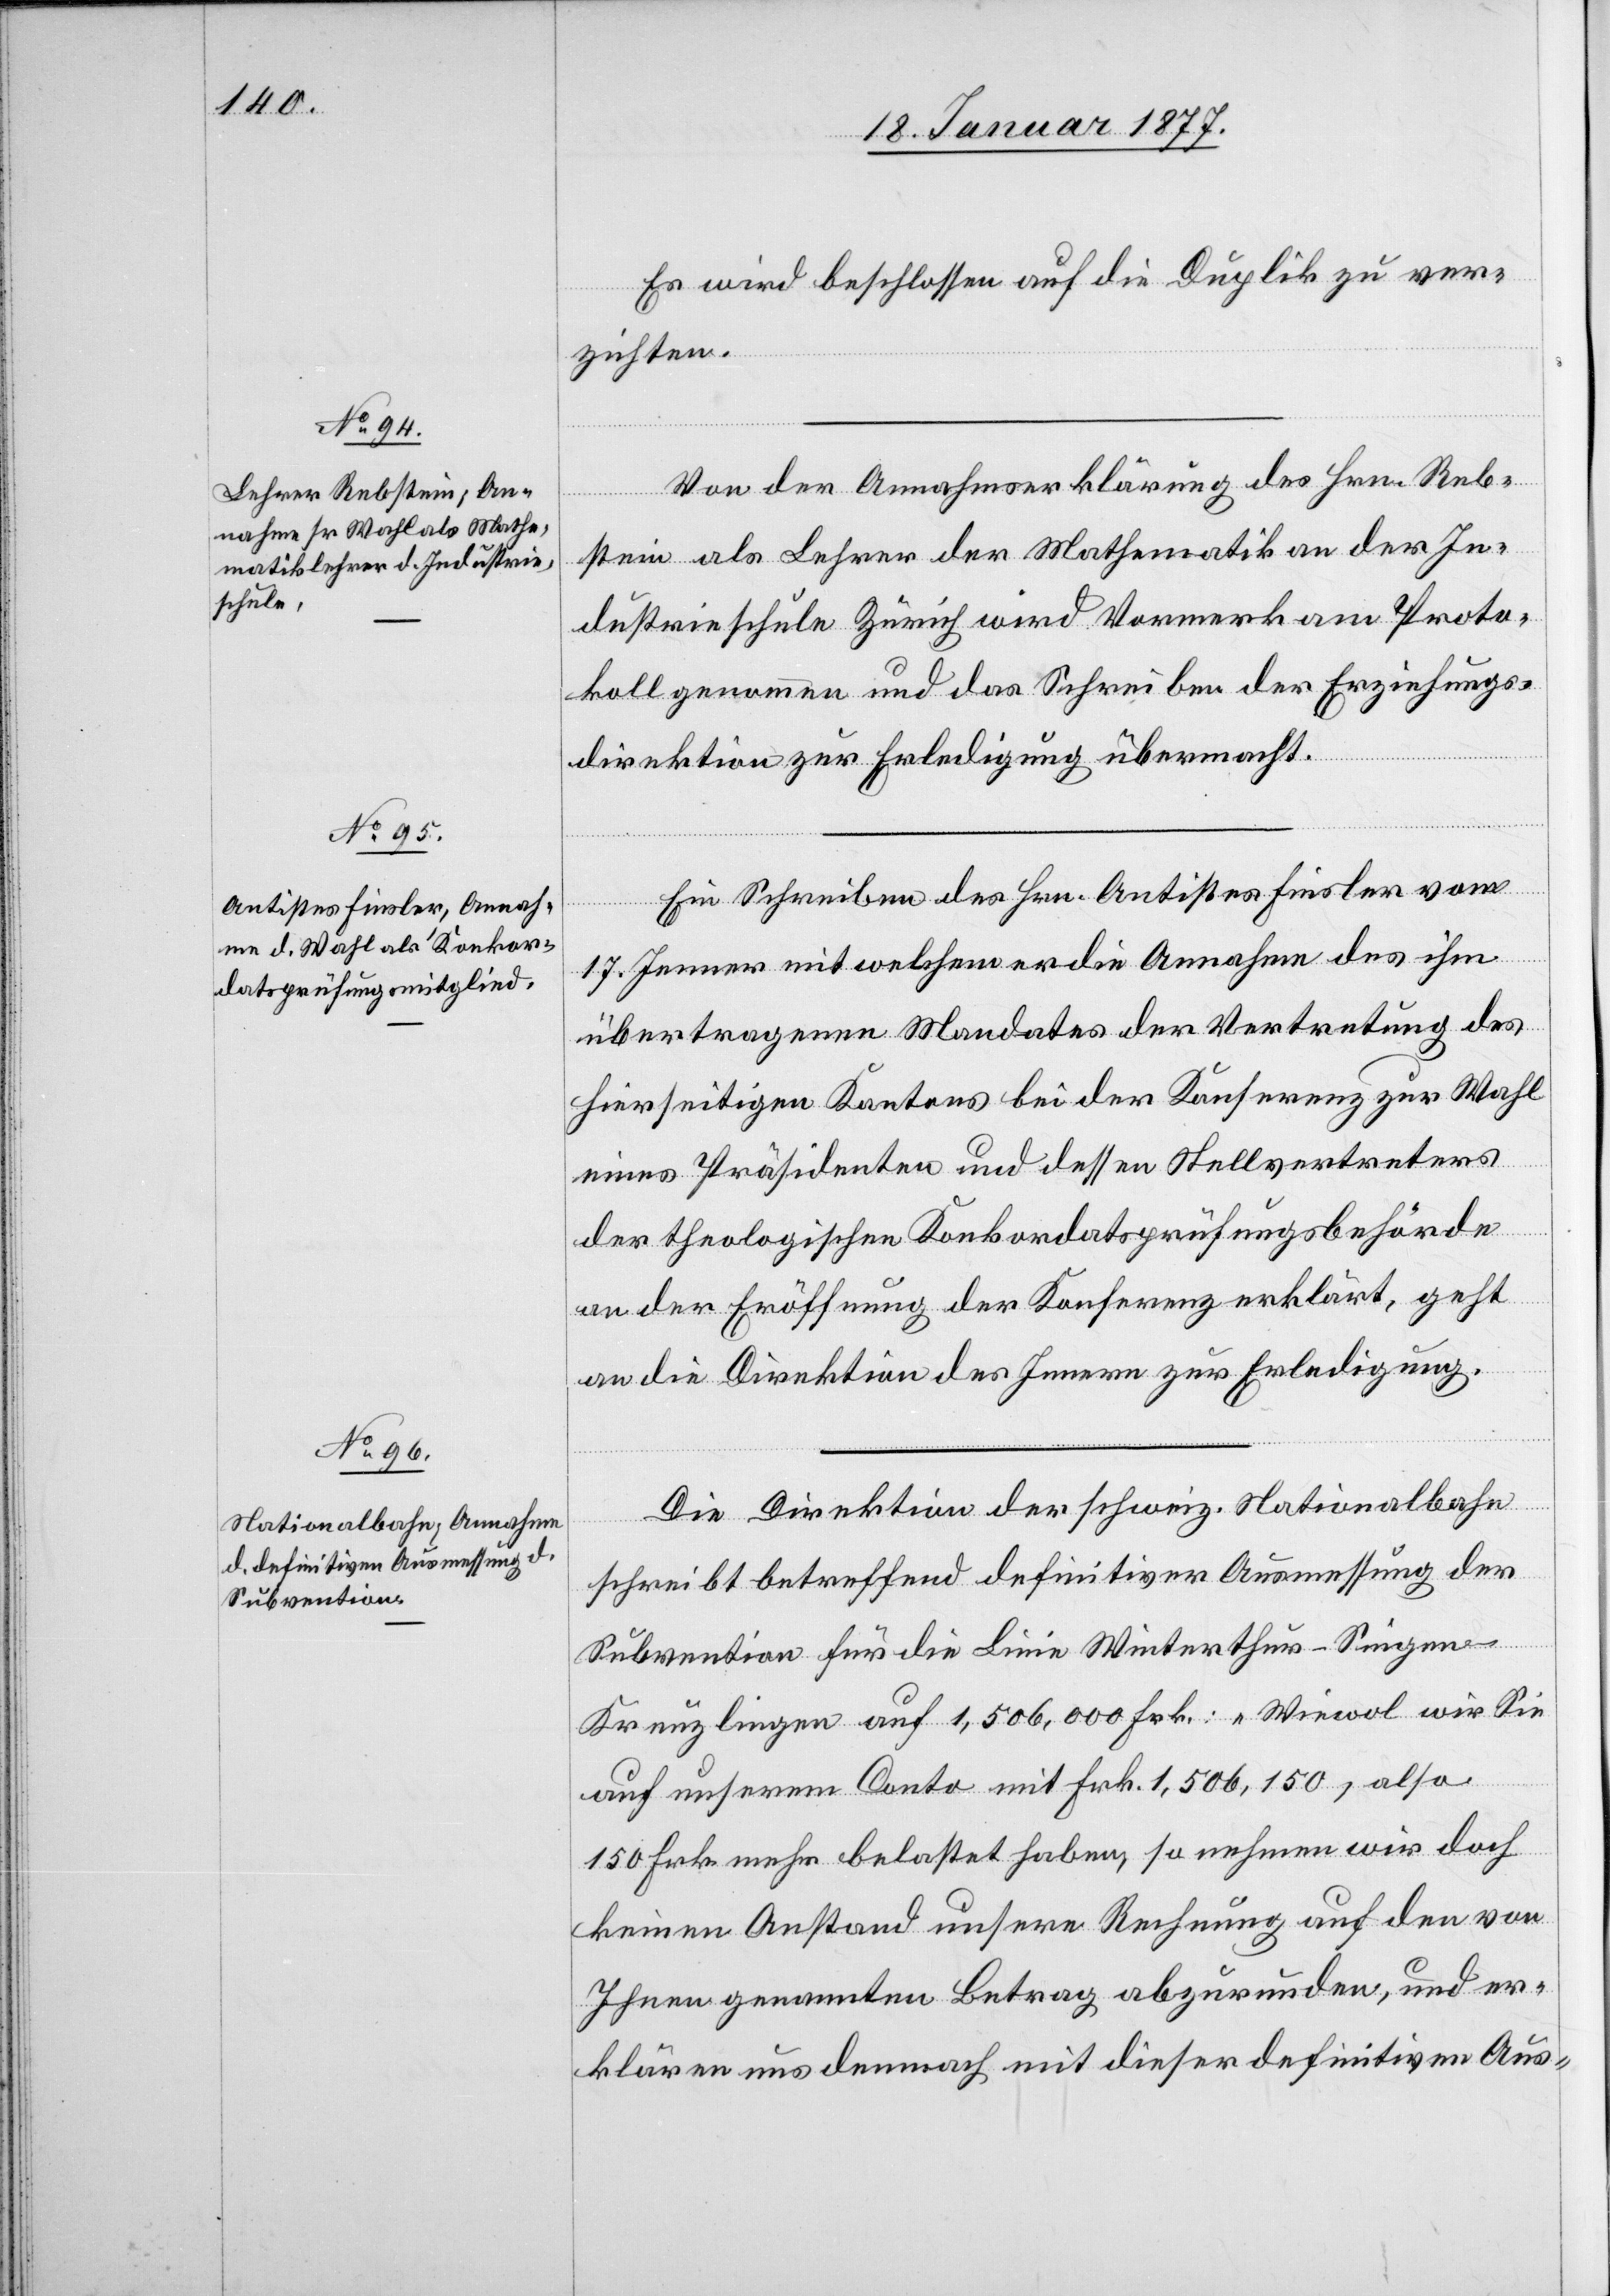
Es wird beschlossen, auf die Duplik zu ver¬
zichten.
Von der Annahmserklärung des Hrn. Reb¬
stein als Lehrer der Mathematik an der In¬
dustrieschule Zürich wird Vormerk am Proto¬
koll genommen und das Schreiben der Erziehungs¬
direktion zur Erledigung übermacht.
Ein Schreiben des Hrn. Antistes Finsler vom
17. Jenner mit welchem er die Annahme des ihm
übertragenen Mandates der Vertretung des
hierseitigen Kantons bei der Konferenz zur Wahl
eines Präsidenten und dessen Stellvertreters
der theologischen Konkordatsprüfungsbehörde
an der Eröffnung der Konferenz erklärt, geht
an die Direktion des Innern zur Erledigung.
Die Direktion der schweiz. Nationalbahn
schreibt betreffend definitiver Ausmessung der
Subvention für die Linie Winterthur–Singen–K¬
reuzlingen auf 1,506,000 Frk.: „Wiewol wir Sie
auf unserem Conto mit Frk. 1,506,150, also
150 Frk. mehr belastet haben, so nehmen wir doch
keinen Anstand unsere Rechnung auf den von
Ihnen genannten Betrag abzurunden, und er¬
klären uns demnach mit dieser definitiven Aus-